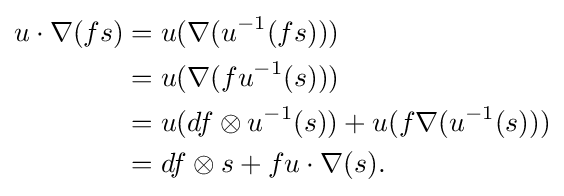
{\begin{aligned}u\cdot \nabla (fs)&=u(\nabla (u^{-1}(fs)))\\&=u(\nabla (fu^{-1}(s)))\\&=u(df\otimes u^{-1}(s))+u(f\nabla (u^{-1}(s)))\\&=df\otimes s+fu\cdot \nabla (s).\end{aligned}}